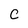
Character: C